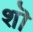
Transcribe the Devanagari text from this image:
शॊ